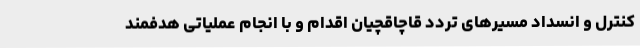
کنترل و انسداد مسیرهای تردد قاچاقچیان اقدام و با انجام عملیاتی هدفمند